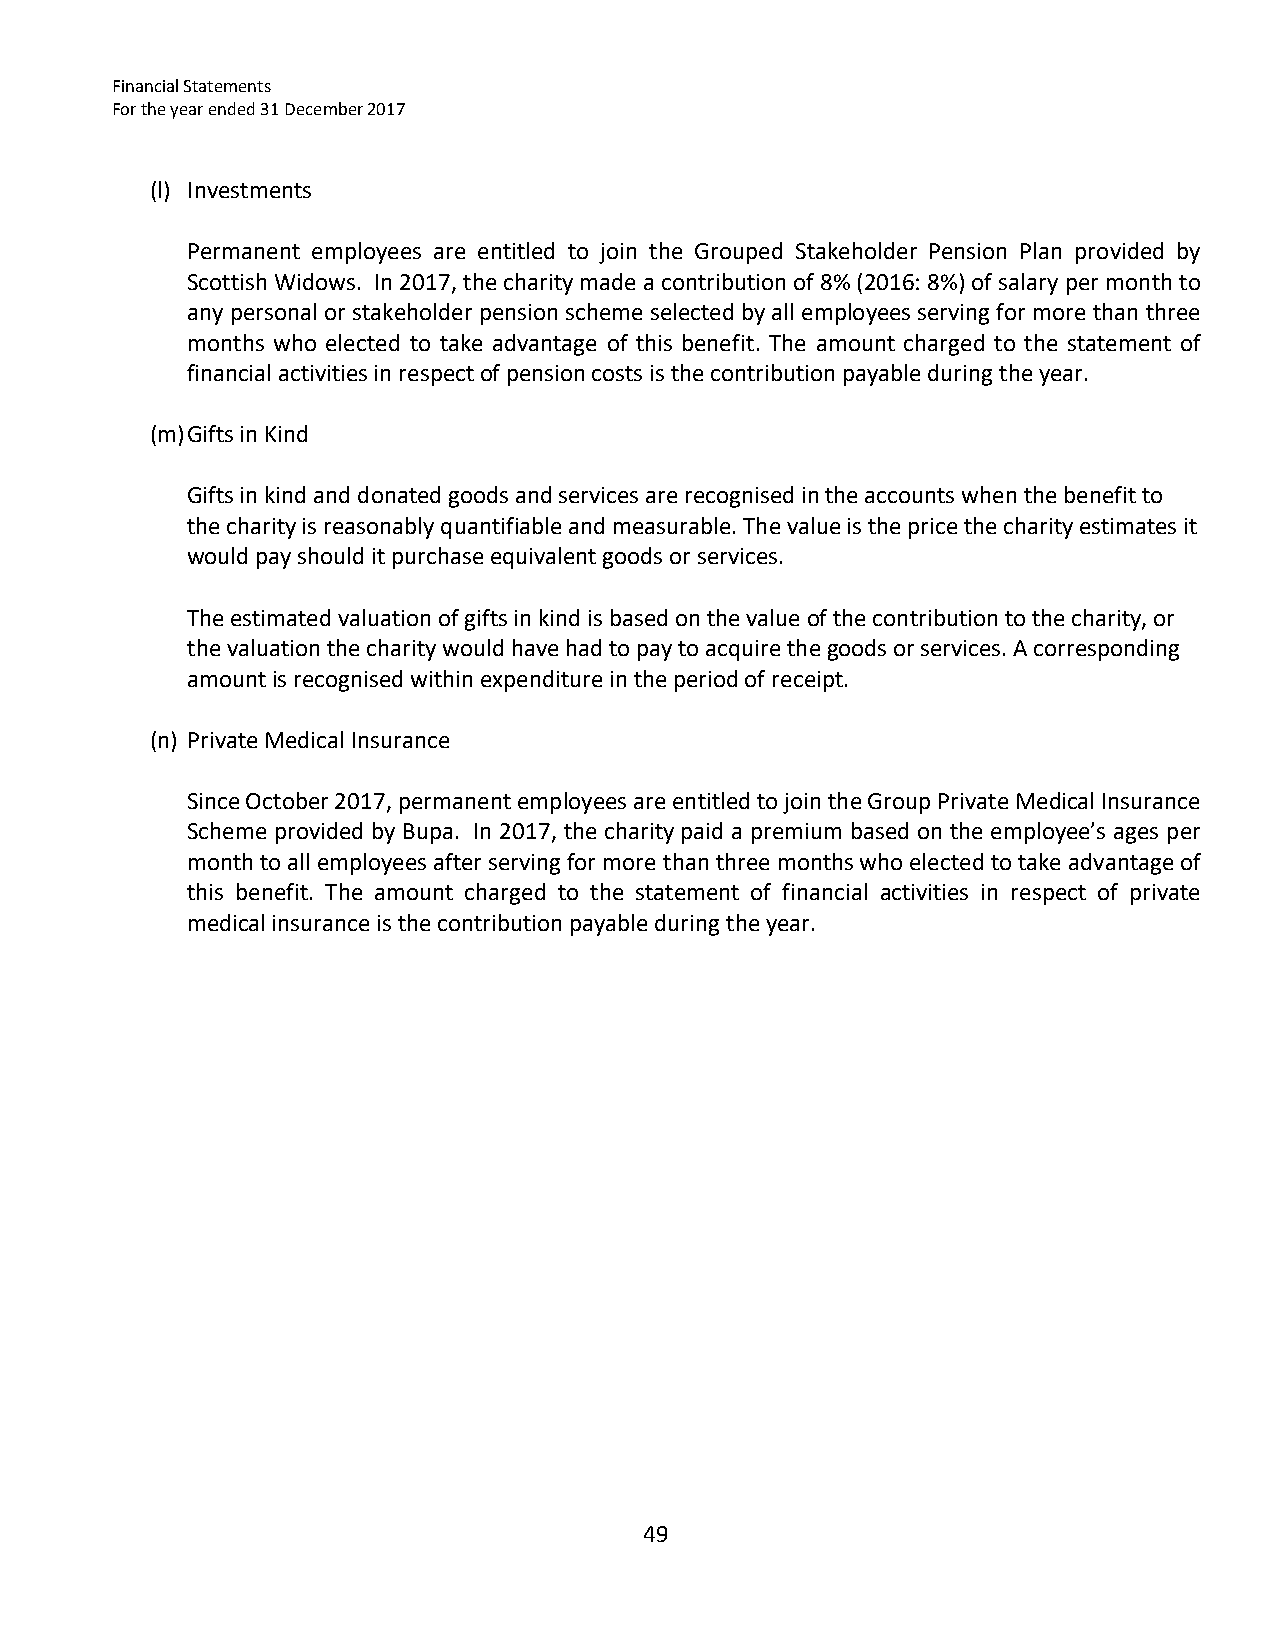
Financial Statements
 For the year ended 31 December 2017
 (l) Investments
 Permanent employees are entitled to join the Grouped Stakeholder Pension Plan provided by
 Scottish Widows. In 2017, the charity made a contribution of 8% (2016: 8%) of salary per month to
 any personal or stakeholder pension scheme selected by all employees serving for more than three
 months who elected to take advantage of this benefit. The amount charged to the statement of
 financial activities in respect of pension costs is the contribution payable during the year.
 (m) Gifts in Kind
 Gifts in kind and donated goods and services are recognised in the accounts when the benefit to
 the charity is reasonably quantifiable and measurable. The value is the price the charity estimates it
 would pay should it purchase equivalent goods or services.
 The estimated valuation of gifts in kind is based on the value of the contribution to the charity, or
 the valuation the charity would have had to pay to acquire the goods or services. A corresponding
 amount is recognised within expenditure in the period of receipt.
 (n) Private Medical Insurance
 Since October 2017, permanent employees are entitled to join the Group Private Medical Insurance
 Scheme provided by Bupa. In 2017, the charity paid a premium based on the employee’s ages per
 month to all employees after serving for more than three months who elected to take advantage of
 this benefit. The amount charged to the statement of financial activities in respect of private
 medical insurance is the contribution payable during the year.
 49